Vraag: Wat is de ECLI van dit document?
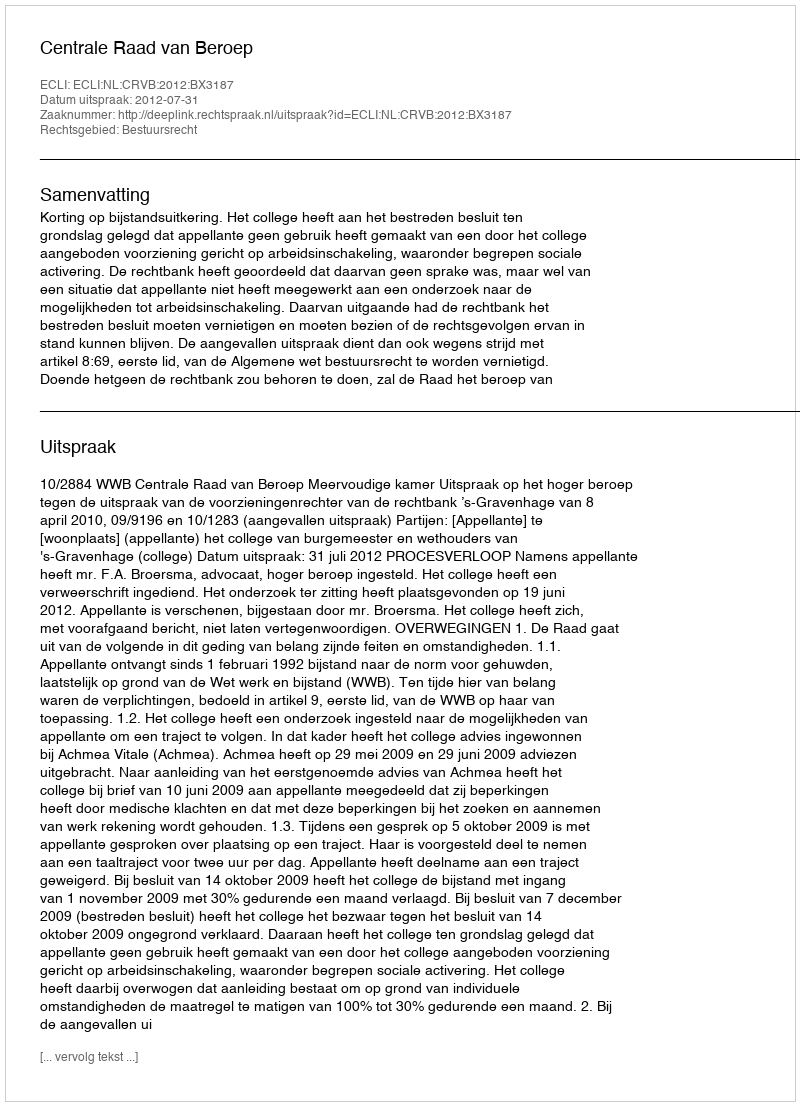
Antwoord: ECLI:NL:CRVB:2012:BX3187